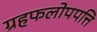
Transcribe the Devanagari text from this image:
ग्रहफलोपपत्ति